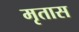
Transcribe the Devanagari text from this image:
मृतास